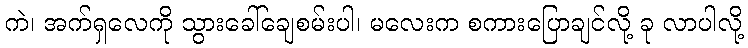
ကဲ၊ အက်ရှလေကို သွားခေါ်ချေစမ်းပါ၊ မလေးက စကားပြောချင်လို့ ခု လာပါလို့